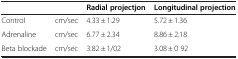
|  |  | Radial projectjon | Longitudinal projection |
 | --- | --- | --- | --- |
 | Control | cm/sec | 4.33 ± 1.29 | 5.72 ± 1.36 |
 | Adrenaline | cm/sec | 6.77 ± 2.34 | 8.86 ± 2.18 |
 | Beta blockade | cm/sec | 3.82 ± 1/02 | 3.08 ± 0 92 |